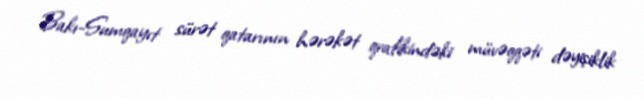
Bakı-Sumqayıt sürət qatarının hərəkət qrafikindəki müvəqqəti dəyişiklik